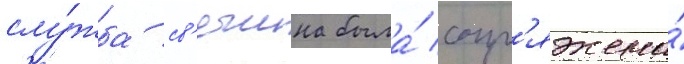
слу́жба св'ечина была́ сопр'яжена́